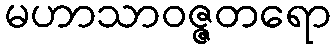
မဟာသာဝဇ္ဇတရော